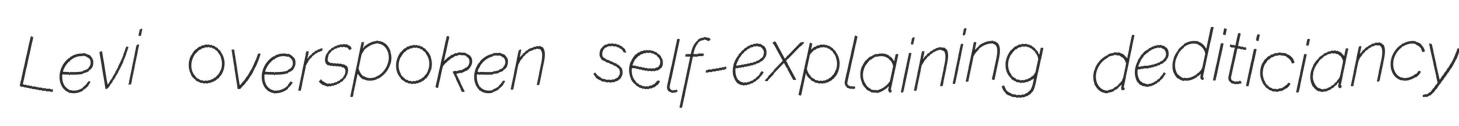
Levi overspoken self-explaining dediticiancy